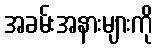
အခမ်းအနားများကို